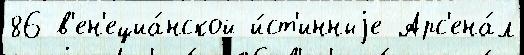
86 в'ен'ециа́нской и́ст'инныjе Арс'ена́л